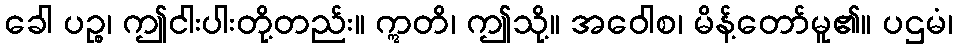
ခေါ ပဉ္စ၊ ဤငါးပါးတို့တည်း။ ဣတိ၊ ဤသို့။ အဝေါစ၊ မိန့်တော်မူ၏။ ပဌမံ၊